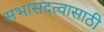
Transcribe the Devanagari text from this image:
सभासदत्वासाठी